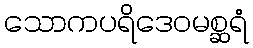
သောကပရိဒေဝမစ္ဆရံ